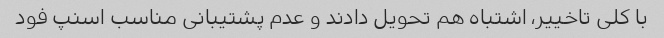
با کلی تاخییر، اشتباه هم تحویل دادند و عدم پشتیبانی مناسب اسنپ فود